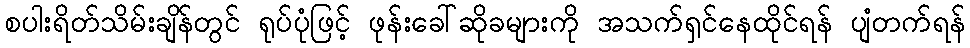
စပါးရိတ်သိမ်းချိန်တွင် ရုပ်ပုံဖြင့် ဖုန်းခေါ်ဆိုခများကို အသက်ရှင်နေထိုင်ရန် ပျံတက်ရန်